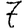
Digit: 7